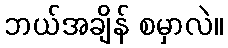
ဘယ်အချိန် စမှာလဲ။